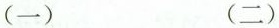
(一) (二)